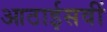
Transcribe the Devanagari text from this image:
आठाईसवीं